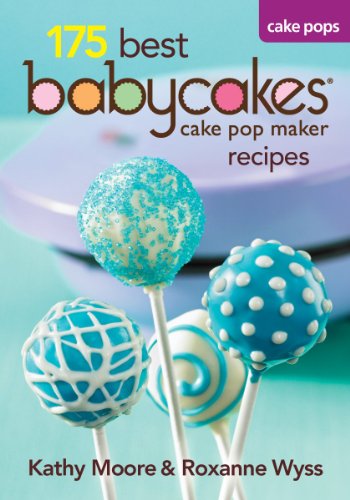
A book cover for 175 Best Babycakes Cake Pop Maker Recipes; Kathy Moore; Cookbooks, Food & Wine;